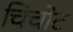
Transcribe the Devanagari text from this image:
चिचोट